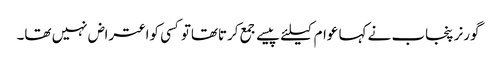
گورنر پنجاب نے کہا عوام کیلئے پیسے جمع کرتاتھاتوکسی کواعتراض نہیں تھا۔